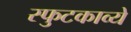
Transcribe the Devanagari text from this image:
स्फुटकाव्ये